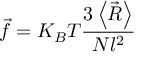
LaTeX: { \vec { f } } = K _ { B } T { \frac { 3 \left\langle { \vec { R } } \right\rangle } { N l ^ { 2 } } }